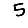
Digit: 5